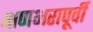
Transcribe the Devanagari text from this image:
क्षणभरापूर्वी